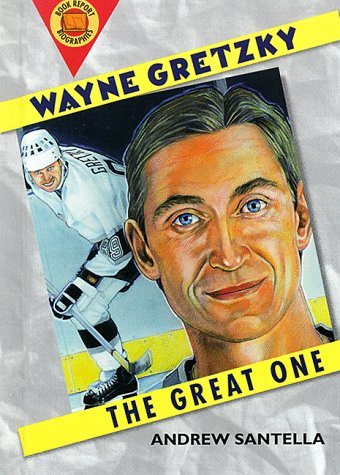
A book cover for Wayne Gretzky: The Great One (Book Report Biographies); Andrew Santella; Teen & Young Adult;